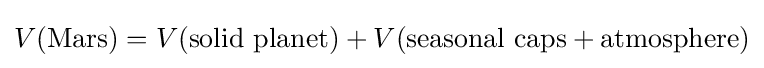
V({\text{Mars}})=V({\text{solid planet}})+V({\text{seasonal caps}}+{\text{atmosphere}})